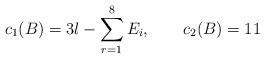
LaTeX: \begin{align*}c_{1}(B)= 3l- \sum_{r=1}^{8} E_{i}, \qquad c_{2}(B)= 11\end{align*}